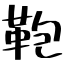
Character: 鞄